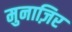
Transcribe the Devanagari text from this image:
मुनाज़िर